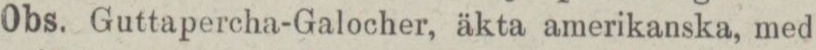
Obs. Guttapercha-Galocher, äkta amerikanska, med